Civil Veterinary Dept. Bombay admin report 1900-1906 - 1900-1906
Year: 1900
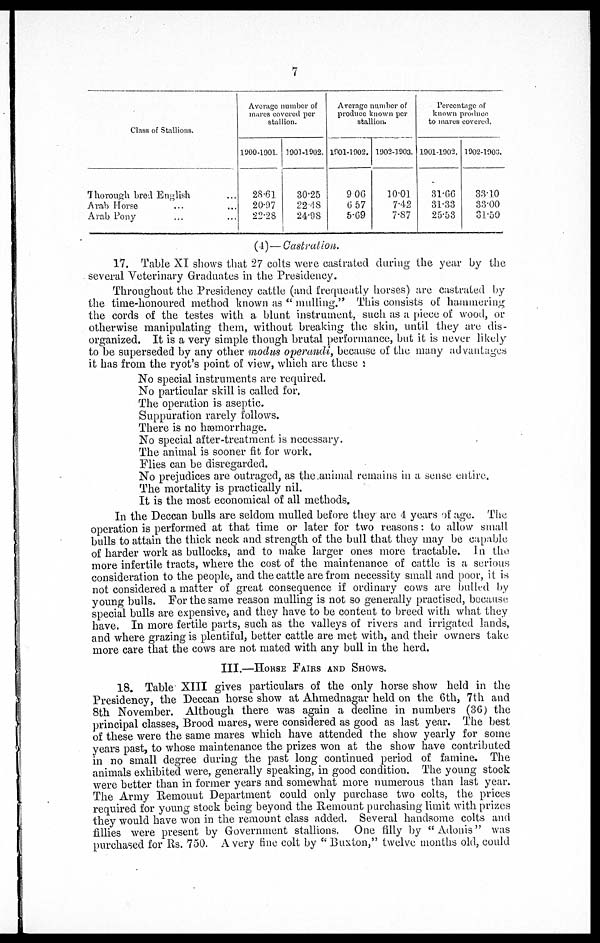
7
Class of Stallions.
Thorough bred English ...
Arab Horse ... ...
Arab Pony ... ...
Average number of
mares covered per
stallion.
1900-1901.
28.61
20.97
22.28
1901-1902.
30.25
22.48
24.98
Average number of
produce known per
stallion.
1901-1902.
9.06
6.57
5.69
1902.1903.
10.01
7.42
7.87
Percentage of
known produce
to mares covered.
1901-1902.
31.66
31.33
25.53
1902-1903.
33.10
33.00
31.50
(4)—Castration.
17. Table XI shows that 27 colts were castrated during the year by the
several Veterinary Graduates in the Presidency.
Throughout the Presidency cattle (and frequently horses) are castrated by
the time-honoured method known as "mulling." This consists of hammering
the cords of the testes with a blunt instrument, such as a piece of wood, or
otherwise manipulating them, without breaking the skin, until they are dis-
organized. It is a very simple though brutal performance, but it is never likely
to be superseded by any other modus operandi, because of the many advantages
it has from the ryot's point of view, which are these:
No special instruments are required.
No particular skill is called for.
The operation is aseptic.
Suppuration rarely follows.
There is no hæmorrhage.
No special after-treatment is necessary.
The animal is sooner fit for work.
Flies can be disregarded.
No prejudices are outraged, as the animal remains in a sense entire.
The mortality is practically nil.
It is the most economical of all methods.
In the Deccan bulls are seldom mulled before they are 4 years of age. The
operation is performed at that time or later for two reasons: to allow small
bulls to attain the thick neck and strength of the bull that they may be capable
of harder work as bullocks, and to make larger ones more tractable. In the
more infertile tracts, where the cost of the maintenance of cattle is a serious
consideration to the people, and the cattle are from necessity small and poor, it is
not considered a matter of great consequence if ordinary cows are bulled by
young bulls. For the same reason mulling is not so generally practised, because
special bulls are expensive, and they have to be content to breed with what they
have. In more fertile parts, such as the valleys of rivers and irrigated lands,
and where grazing is plentiful, better cattle are met with, and their owners take
more care that the cows are not mated with any bull in the herd.
III.—HORSE FAIRS AND SHOWS.
18. Table XIII gives particulars of the only horse show held in the
Presidency, the Deccan horse show at Ahmednagar held on the 6th, 7th and
8th November. Although there was again a decline in numbers (36) the
principal classes, Brood mares, were considered as good as last year. The best
of these were the same mares which have attended the show yearly for some
years past, to whose maintenance the prizes won at the show have contributed
in no small degree during the past long continued period of famine. The
animals exhibited were, generally speaking, in good condition. The young stock
were better than in former years and somewhat more numerous than last year.
The Army Remount Department could only purchase two colts, the prices
required for young stock being beyond the Remount purchasing limit with prizes
they would have won in the remount class added. Several handsome colts and
fillies were present by Government stallions. One filly by "Adonis" was
purchased for Rs. 750. A very fine colt by "Buxton," twelve months old, could